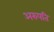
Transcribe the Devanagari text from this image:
अरुपति